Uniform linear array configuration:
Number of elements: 12
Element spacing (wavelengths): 0.25
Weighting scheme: hamming
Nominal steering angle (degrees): -15
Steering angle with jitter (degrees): -16.479
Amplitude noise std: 0.05
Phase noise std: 0.05

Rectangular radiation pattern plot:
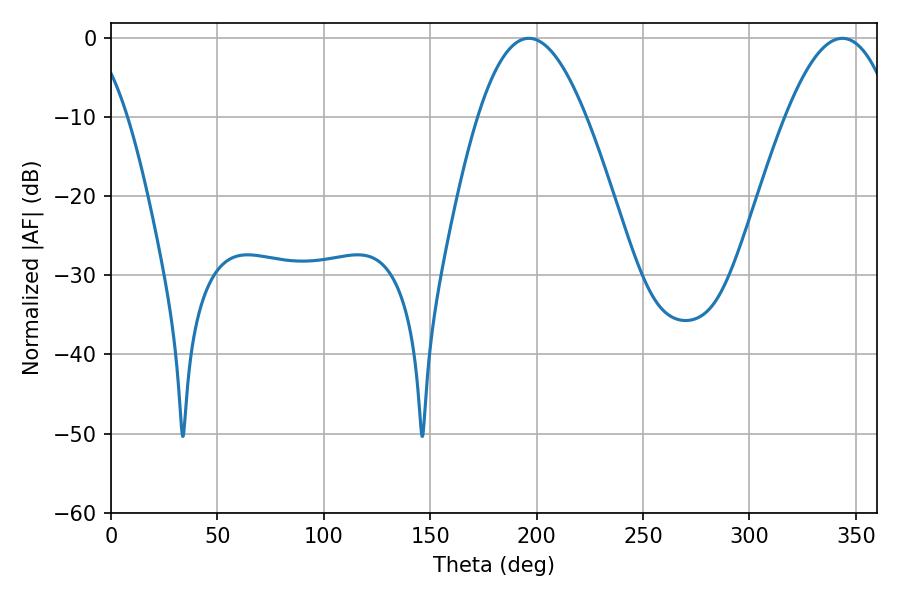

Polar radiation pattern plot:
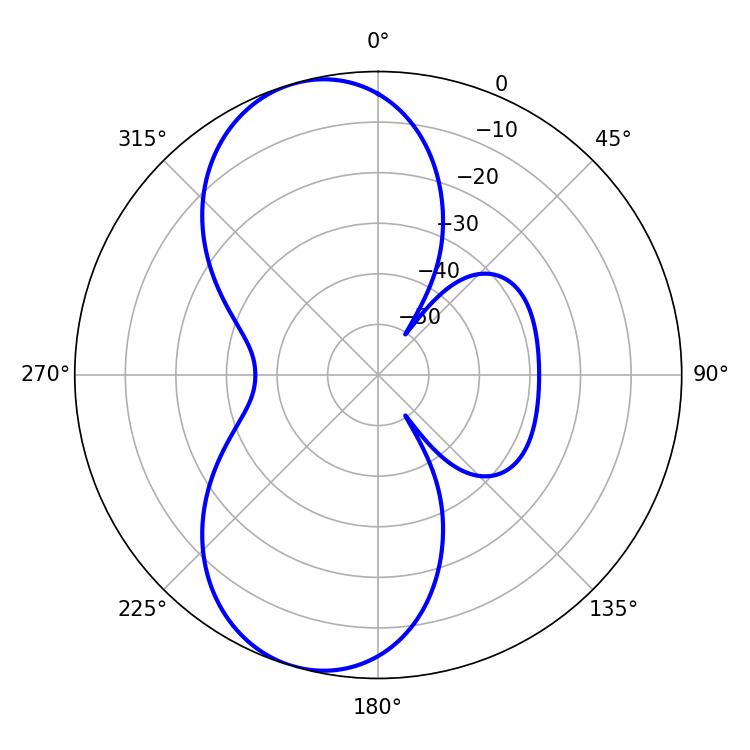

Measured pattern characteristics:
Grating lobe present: FALSE
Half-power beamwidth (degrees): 27.72
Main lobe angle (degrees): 196.38